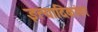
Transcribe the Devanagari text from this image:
इत्यादिकांवर